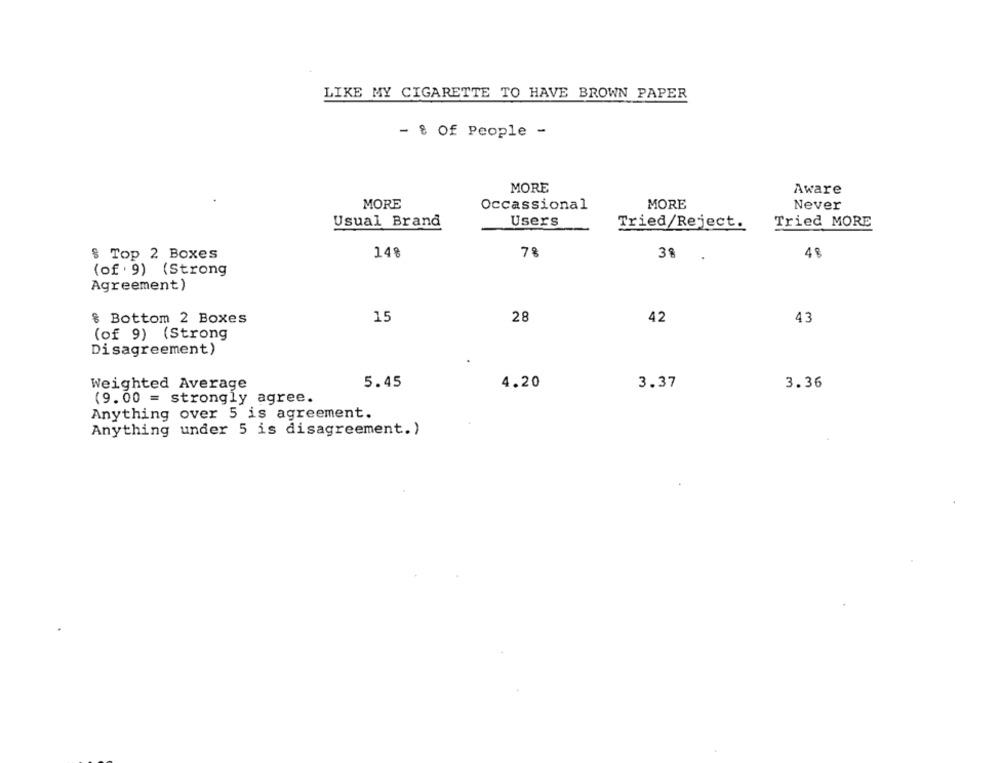
LIKE MY CIGARETTE TO HAVE BROWN PAPER
- & Of People -
MORE
Aware
MORE
Occassional
MORE
Never
Usual Brand
Users
Tried/Reject.
Tried MORE
148
78
$ Top 2 Boxes
38
(of ' 9) (Strong
Agreement)
% Bottom 2 Boxes
15
28
42
43
(of 9) (Strong
Disagreement)
Weighted Average
5.45
4.20
3.37
3.36
(9.00 = strongly agree.
Anything over 5 is agreement.
Anything under 5 is disagreement.)